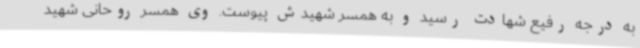
به درجه رفیع شهادت رسید و به همسر شهیدش پیوست. وی همسر روحانی شهید